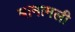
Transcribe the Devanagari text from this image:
बानामली